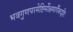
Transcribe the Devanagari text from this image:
भवगुणपरमेष्टिर्मोक्षमार्गैकदृष्टिः